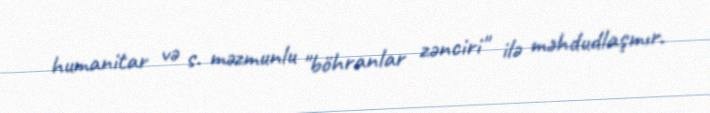
humanitar və s. məzmunlu "böhranlar zənciri" ilə məhdudlaşmır.